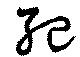
紀